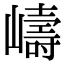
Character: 嶹